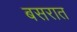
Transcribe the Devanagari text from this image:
बसरात